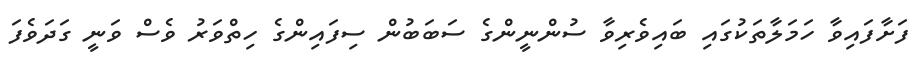
ފަށާފައިވާ ހަމަލާތަކުގައި ބައިވެރިވާ ސުންނީންގެ ސަބަބުން ސިފައިންގެ ހިތްވަރު ވެސް ވަނީ ގަދަވެފަ